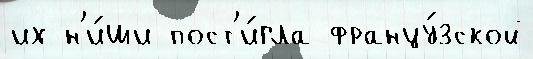
их н'и́ши пост'и́гла францу́зской